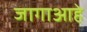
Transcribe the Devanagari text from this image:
जागाआहे